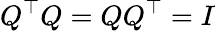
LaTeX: Q^{\top}Q=QQ^{\top}=I